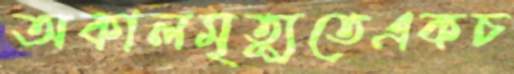
অকালমৃত্যুতেএকচ